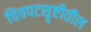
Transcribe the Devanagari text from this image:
चित्रपटसॄष्टीतील